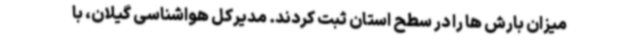
میزان بارش ها را در سطح استان ثبت کردند. مدیرکل هواشناسی گیلان، با